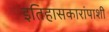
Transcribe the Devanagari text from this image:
इतिहासकारांपाशी